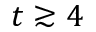
t \gtrsim 4